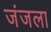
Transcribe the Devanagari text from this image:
जंजला